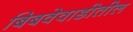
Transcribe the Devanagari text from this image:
बिबवेवाडीतील